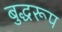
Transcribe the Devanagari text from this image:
बुद्धरूप